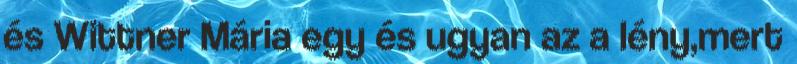
és Wittner Mária egy és ugyan az a lény,mert